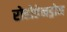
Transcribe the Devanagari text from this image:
रोडोडेनड्रोन